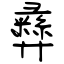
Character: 彞